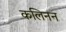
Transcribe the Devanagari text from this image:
कलिनन